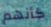
كأنهم